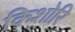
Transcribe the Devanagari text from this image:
किशोरि